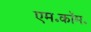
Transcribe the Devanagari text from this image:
एम॰कॉम॰